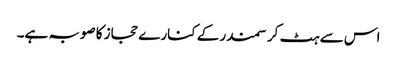
اس سے ہٹ کر سمندر کے کنارے حجاز کا صوبہ ہے۔